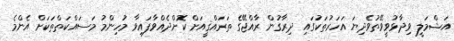
އަޝްމަލީ ވިދާޅުވީވޭތުވެދިޔަ އަހަރުތަކުގައި ދިރާގުން ރާއްޖޭގެ ތަރައްޤީއަށް ކޮށްދެއްވާފައިވާ މުހިންމު މަސައްކަތްތަކަށް އެންމެ